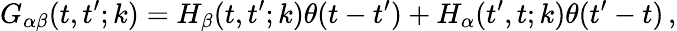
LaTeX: G_{\alpha\beta}(t,t^{\prime};k)=H_{\beta}(t,t^{\prime};k)\theta(t-t^{\prime})+H_{\alpha}(t^{\prime},t;k)\theta(t^{\prime}-t)\, ,